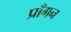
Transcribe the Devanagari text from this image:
प्राँगन